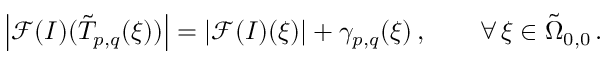
\left\vert \mathcal { F } ( I ) ( \tilde { T } _ { p , q } ( \boldsymbol { \xi } ) ) \right\vert = \left\vert \mathcal { F } ( I ) ( \boldsymbol { \xi } ) \right\vert + \gamma _ { p , q } ( \boldsymbol { \xi } ) \, , \qquad \forall \, \boldsymbol { \xi } \in \tilde { \Omega } _ { 0 , 0 } \, .